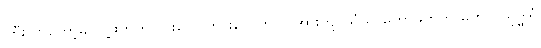
ကြီးလာတော့မှ လူ့ဖက်က ဘိုးတွေ ဘွားတွေကိုလဲ အားကျ သံဃာတော်ဖက်က မဟာဝိသုဒ္ဓါရုံ